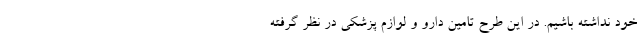
خود نداشته باشیم. در این طرح تامین دارو و لوازم پزشکی در نظر گرفته